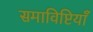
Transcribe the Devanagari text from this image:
समाविष्टियाँ